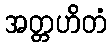
အတ္တဟိတံ